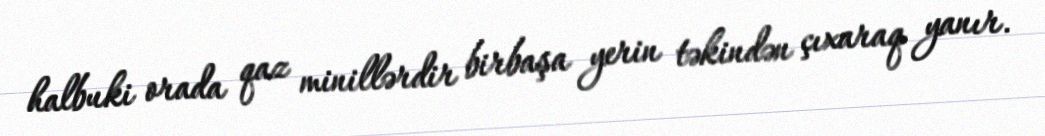
halbuki orada qaz minillərdir birbaşa yerin təkindən çıxaraq yanır.